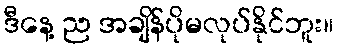
ဒီနေ့ ည အချိန်ပိုမလုပ်နိုင်ဘူး။